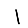
Digit: 1